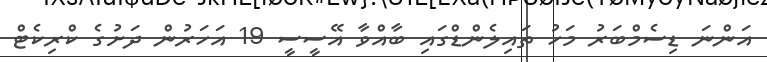
އަންނަ ޑިސެމްބަރު މަހު ތައިލެންޑްގައި ބާއްވާ އޭސީސީ 19 އަހަރުން ދަށުގެ ކްރިކެޓް